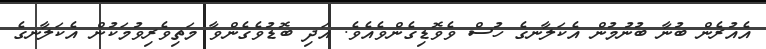
އެއުރެން ބުނާ ބުނުމުން އެކަލާނގެ ހުސް ވެވޮޑިގެންވެއެވެ. އަދި ބޮޑުވެގެންވާ މަތިވެރިވުމަކުން އެކަލާނގެ